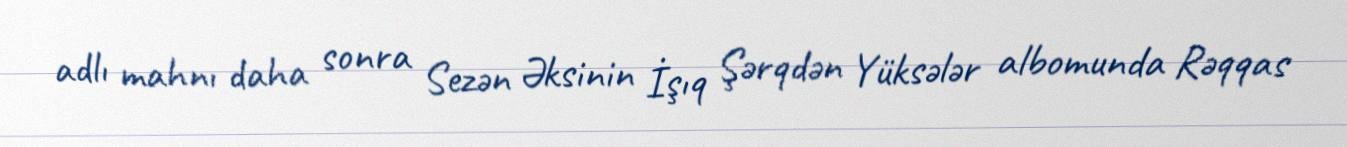
adlı mahnı daha sonra Sezən Əksinin İşıq Şərqdən Yüksələr albomunda Rəqqas